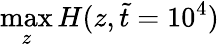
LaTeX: \operatorname*{max}_{z}H(z,\tilde{t}=10^{4})